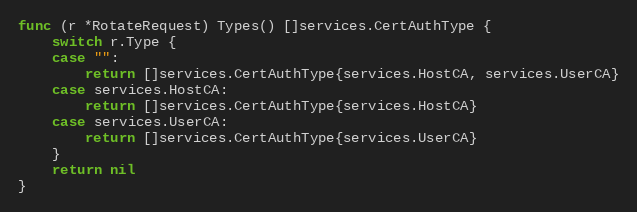
Language: Go
func (r *RotateRequest) Types() []services.CertAuthType {
	switch r.Type {
	case "":
		return []services.CertAuthType{services.HostCA, services.UserCA}
	case services.HostCA:
		return []services.CertAuthType{services.HostCA}
	case services.UserCA:
		return []services.CertAuthType{services.UserCA}
	}
	return nil
}